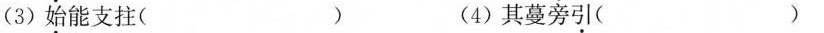
(3)始能支拄( )(4)其蔓旁引( )